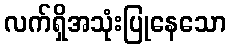
လက်ရှိအသုံးပြုနေသော